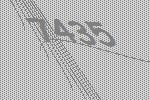
7435